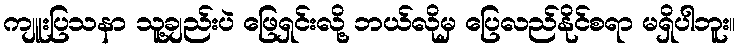
ကျူးပြသနာ သူ့ချည်းပဲ ဖြေရှင်းလို့ ဘယ်လိုမှ ပြေလည်နိုင်စရာ မရှိပါဘူး။